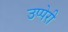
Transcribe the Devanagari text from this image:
उप्पेरी